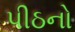
પીઠનો